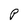
Character: P